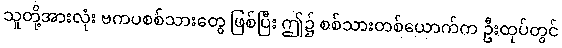
သူတို့အားလုံး ဗကပစစ်သားတွေ ဖြစ်ပြီး ဤ၌ စစ်သားတစ်ယောက်က ဦးထုပ်တွင်